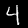
Digit: 4